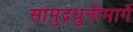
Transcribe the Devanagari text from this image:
सामुद्रधुनीमार्गे